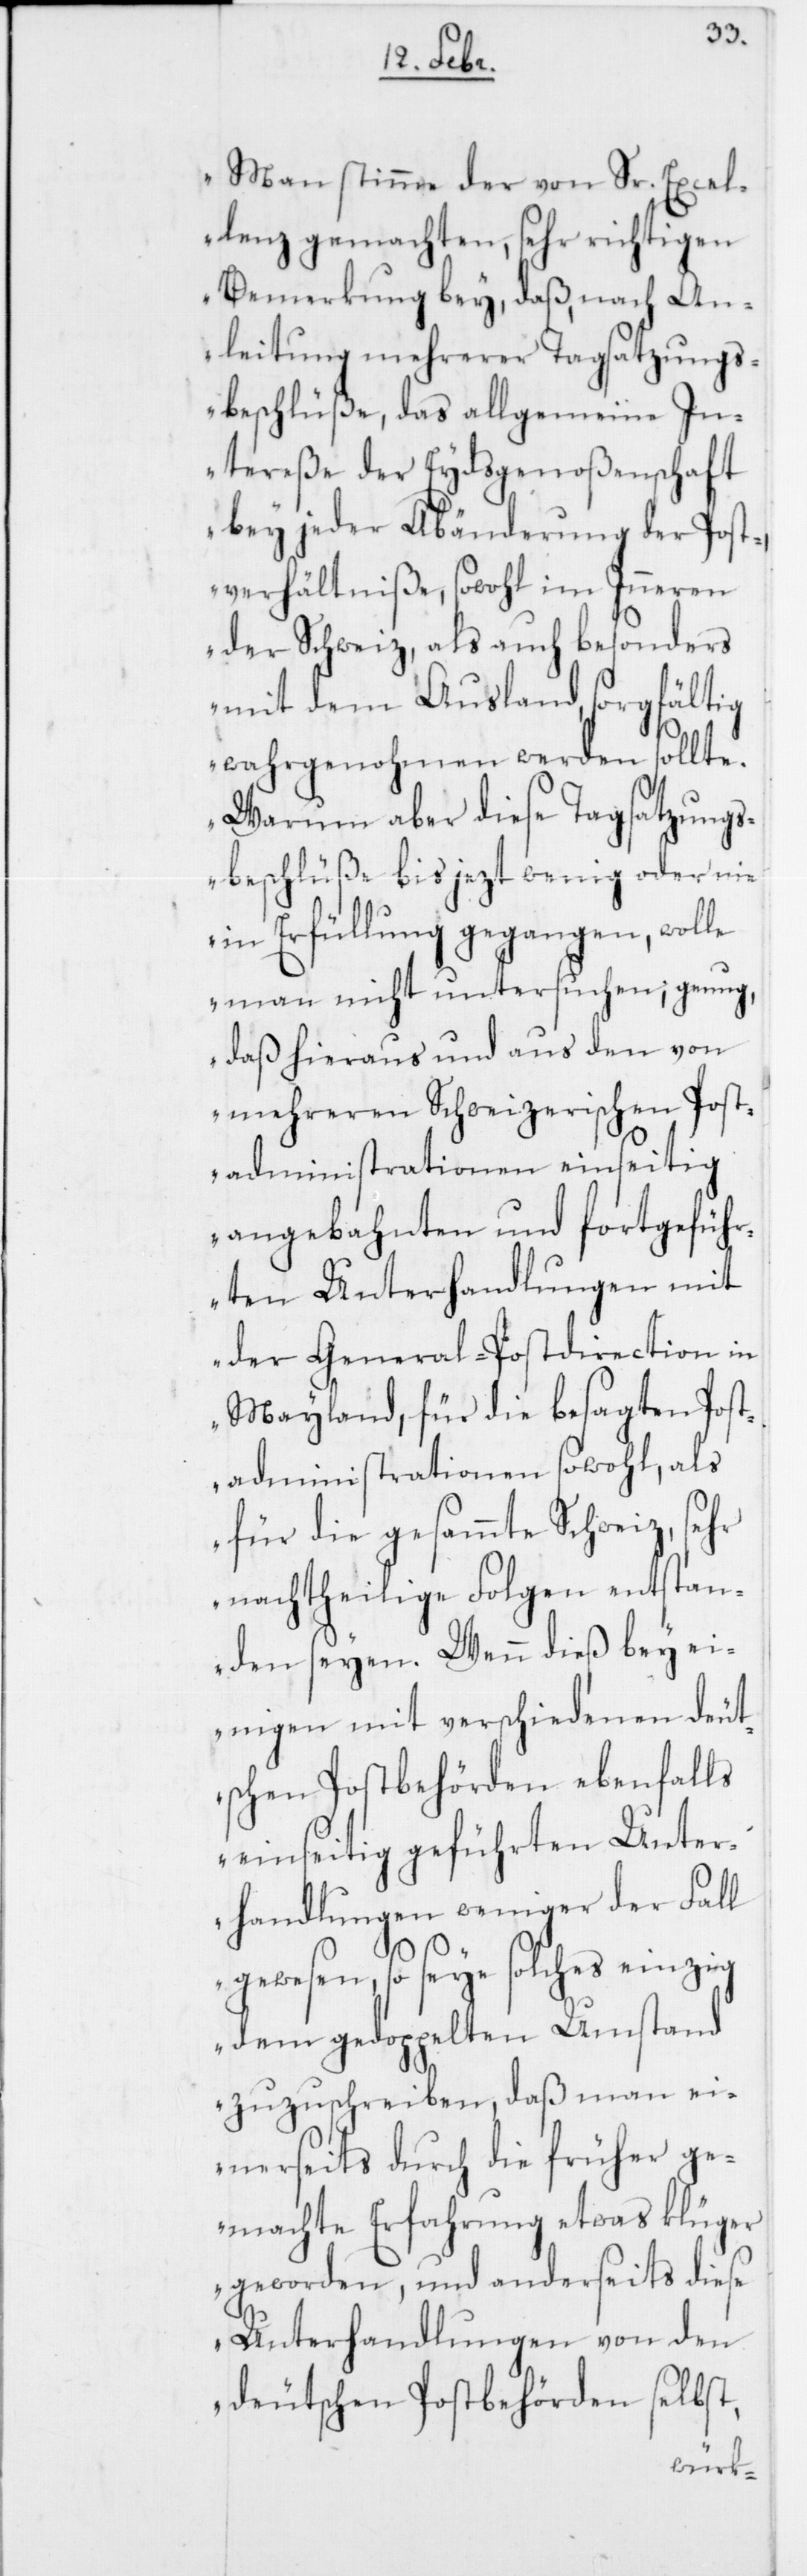
Man stimme der von Sr. Excel¬
lenz gemachten, sehr richtigen
Bemerkung bey, daß, nach An¬
leitung mehrerer Tagsatzungs¬
beschlüße, das allgemeine In¬
tereße der Eydsgenoßenschaft
bey jeder Abänderung der Post¬
verhältniße, sowohl im Inneren
der Schweiz als auch besonders
mit dem Ausland, sorgfältig
wahrgenohmen werden sollte.
Warum aber diese Tagsatzungs¬
beschlüße bis jezt wenig oder nie
in Erfüllung gegangen, wolle
man nicht untersuchen; genug,
daß hieraus und aus den von
mehreren Schweizerischen Post¬
administrationen einseitig
angebahnten und fortgefüh¬
rten Unterhandlungen mit
der General-Postdirection in
Mayland, für die besagten Post¬
administrationen sowohl, als
für die gesammte Schweiz, sehr
nachtheilige Folgen entstan¬
den seyen. Wenn dieß bey ei¬
nigen mit verschiedenen deut¬
schen Postbehörden ebenfalls
einseitig geführten Unter¬
handlungen weniger der Fall
gewesen, so seye solches einzig
dem gedoppelten Umstand
zuzuschreiben, daß man ei¬
nerseits durch die früher ge¬
machte Erfahrung etwas klüger
geworden, und anderseits diese
Unterhandlungen von den
deutschen Postbehörden selbst,